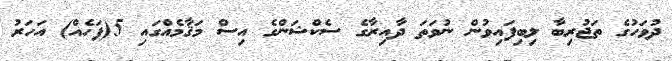
ދުވަހުގެ ތަޖުރިބާ ލިބިފައިވުން ނުވަތަ ދާއިރާގެ ސެކްޝަންގެ އިސް މަޤާމެއްގައި 5(ފަހެއް) އަހަރު